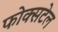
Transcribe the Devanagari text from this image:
फोक्सटेल